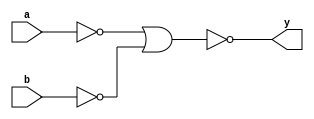
`timescale 1ns / 1ps
//////////////////////////////////////////////////////////////////////////////////
// Company: 
// Engineer: 
// 
// Design Name: 
// Module Name: and_nor
// Project Name: 
// Target Devices: 
// Tool Versions: 
// Description: 
// 
// Dependencies: 
// 
// Revision:
// Revision 0.01 - File Created
// Additional Comments:
// 
//////////////////////////////////////////////////////////////////////////////////


module and_nor(input a, b, output y);

wire temp1, temp2;

nor nr1(temp1, a, a);
nor nr2(temp2, b, b);
nor nr3(y, temp1, temp2);

endmodule